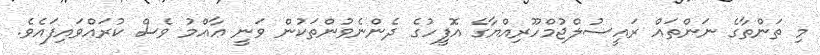
މި ތަންތާގެ ނަންތައް ރައީސުލްޖުމްހޫރިއްޔާގެ އޮފީހުގެ ދެންނެވުންތަކުން ވަނީ ޢާއްމު ވެސް ކުރައްވައިފައެވެ.